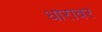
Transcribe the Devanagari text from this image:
धारावर